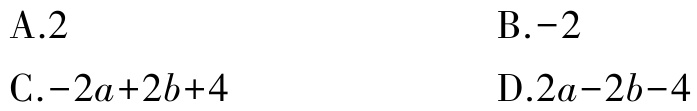
A.$2$
B.$-2$
C.$-2a + 2b + 4$
D.$2a - 2b - 4$